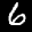
Label: 6